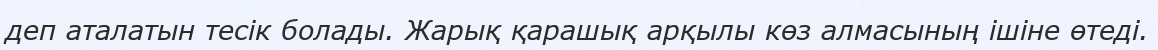
деп аталатын тесік болады. Жарық қарашық арқылы көз алмасының ішіне өтеді.